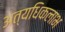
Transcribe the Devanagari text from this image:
अत्यधिकलाभ